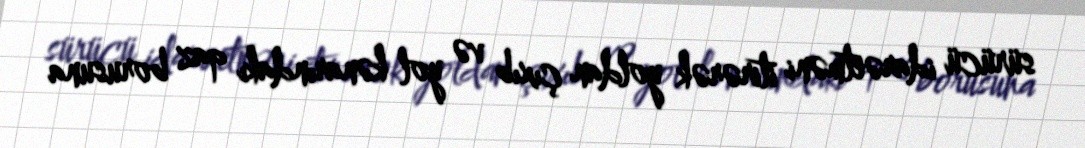
sürücü idarəetməni itirərək yoldan çıxıb və yol kənarındakı qaz borusuna